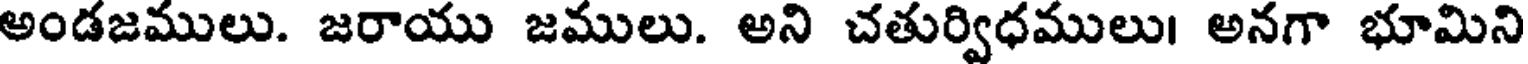
అండజములు. జరాయు జములు. అని చతుర్విధములు। అనగా భూమిని